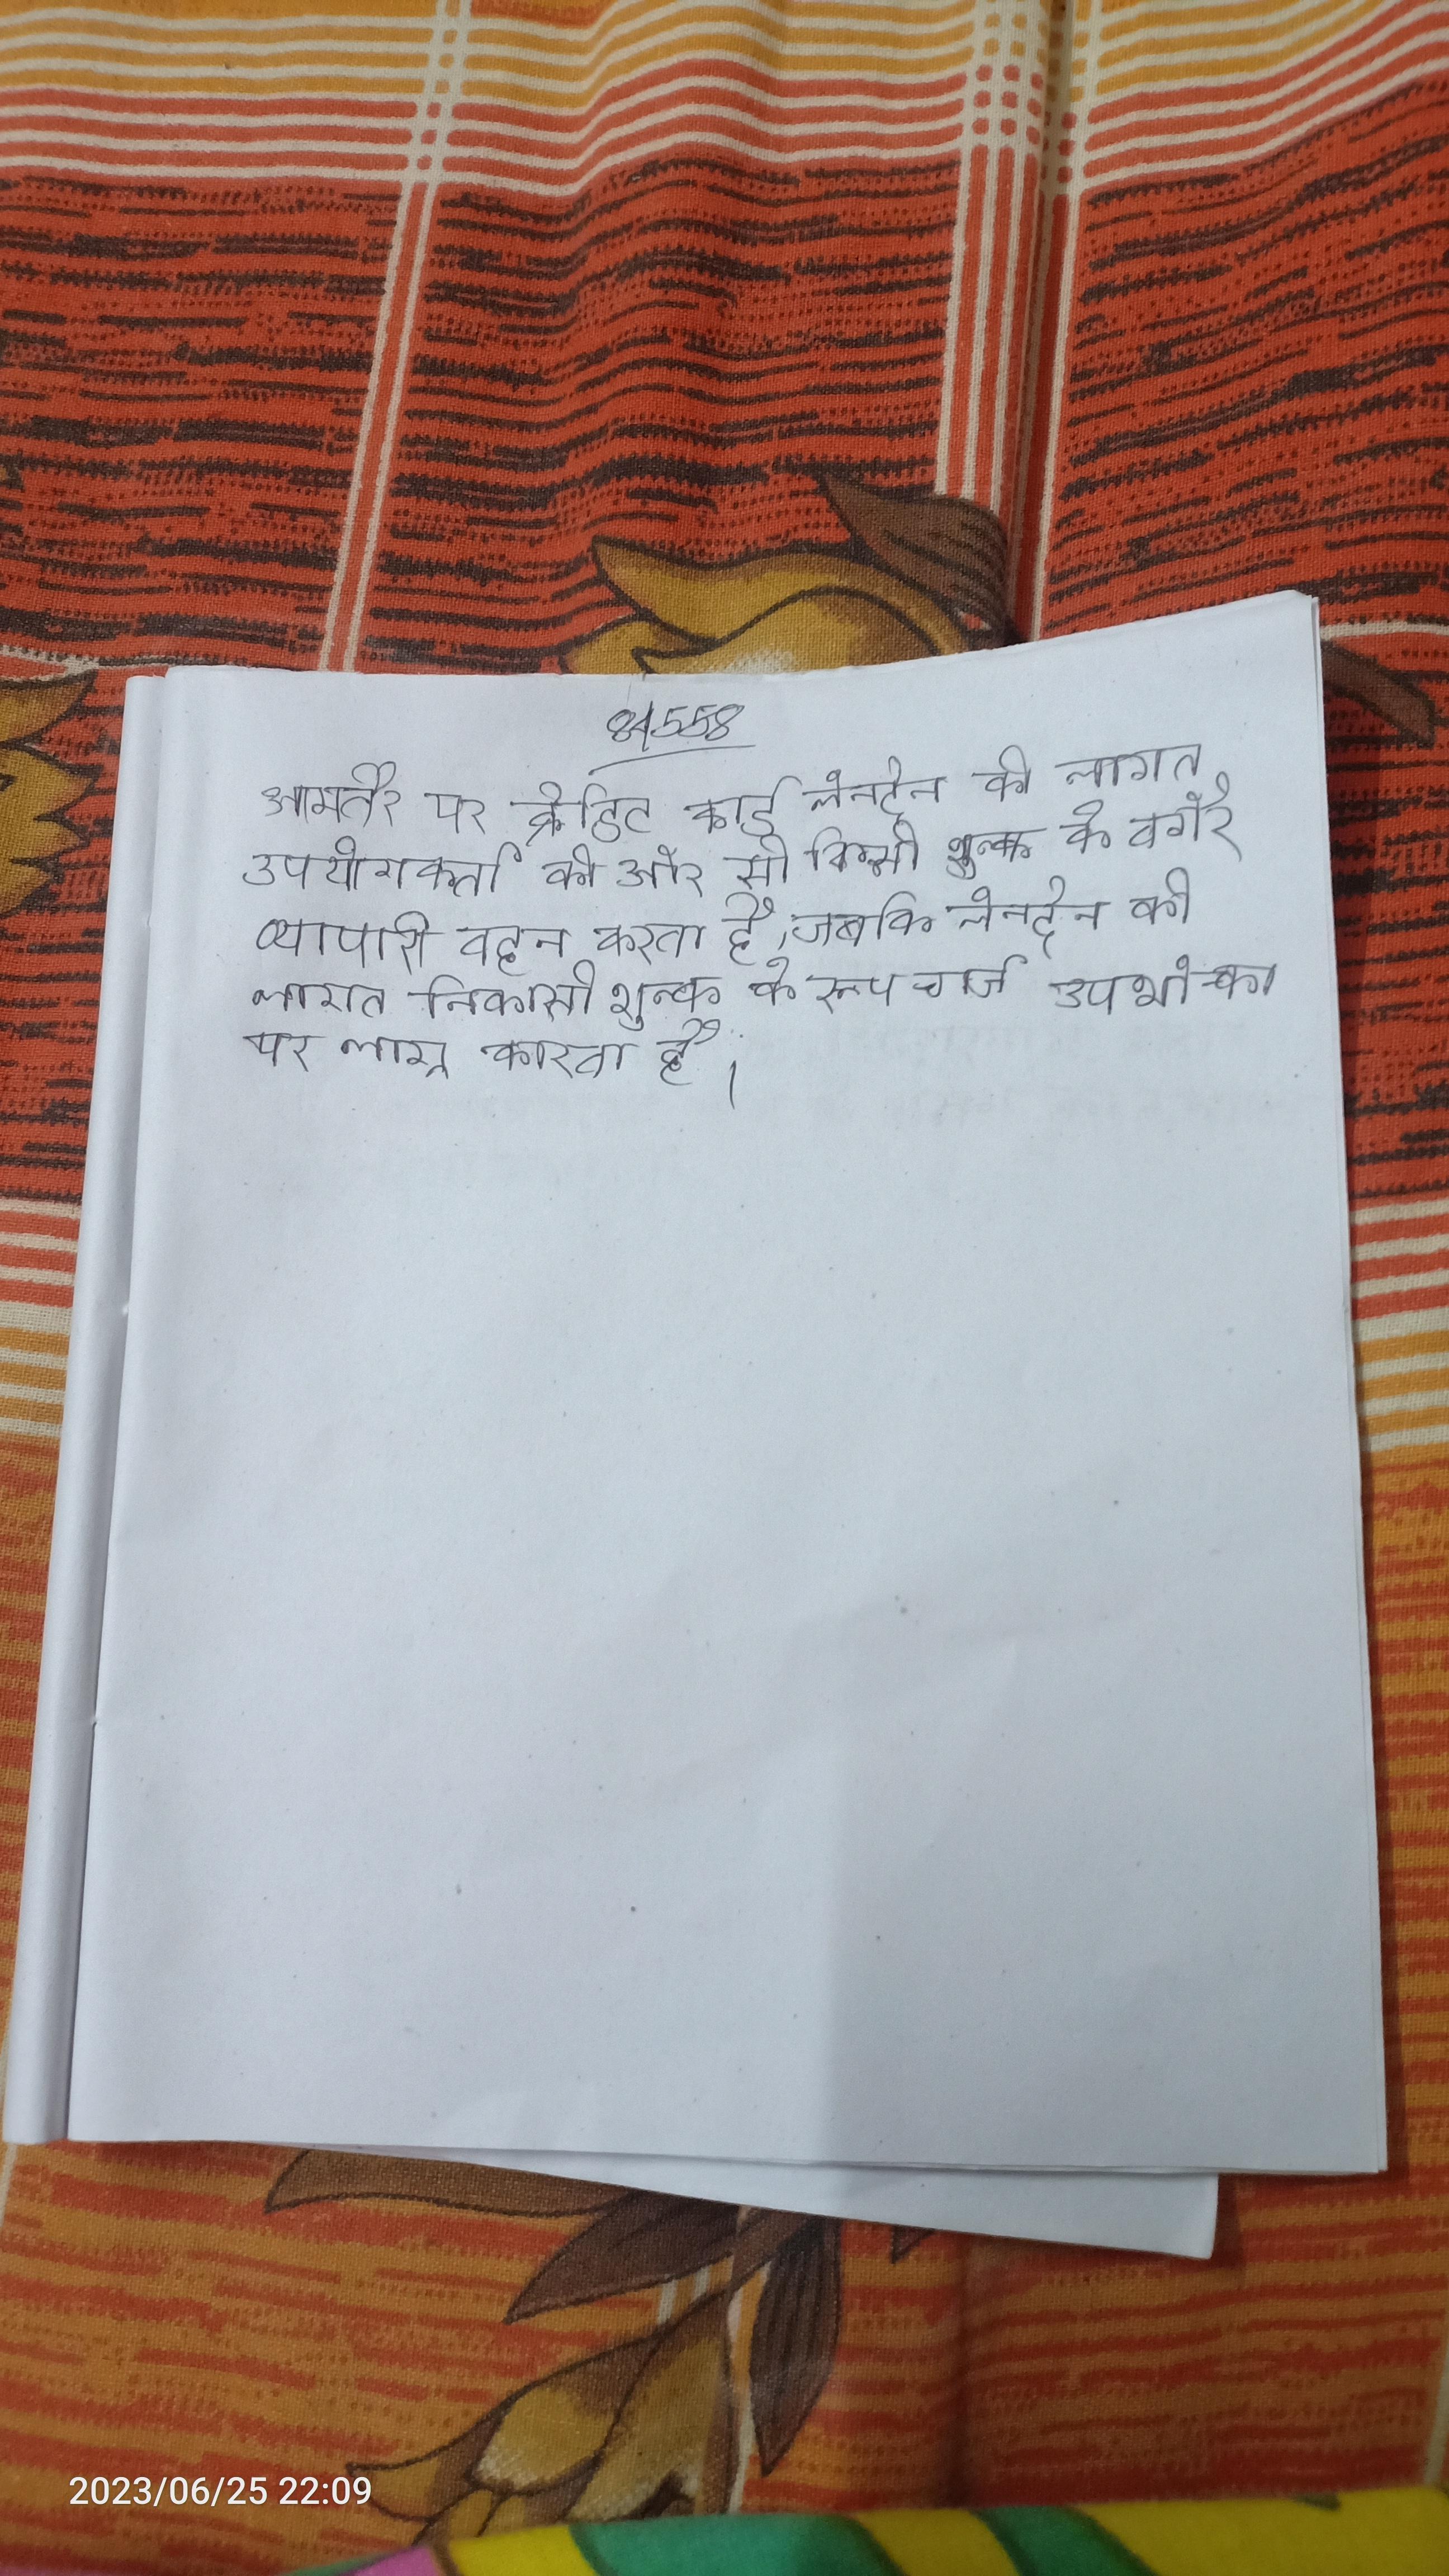
आमतौर पर क्रेडिट कार्ड लेनदेन की लागत उपयोगकर्ता की ओर से किसी शुल्क के बगैर व्यापारी वहन करता है, जबकि एफ्टपोस लेनदेन की लागत निकासी शुल्क के रूप चार्ज उपभोक्ता पर लागू करता है । आमतौर पर, खगोलविद मानक जिनके लिए चमक, निरपेक्ष परिमाण, ज्ञात होता है, का उपयोग करते ।